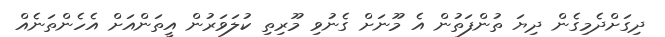
ދިގަށްދެމިގެން ދިޔަ ތުންފަތުން އެ މޫނަށް ގެނުވި މޫރިތި ކުލަވަރުން އީތަންއަށް އެހެންތަނެއް